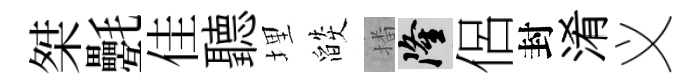
桀氎佳聽埋燄播隆侶封淆义